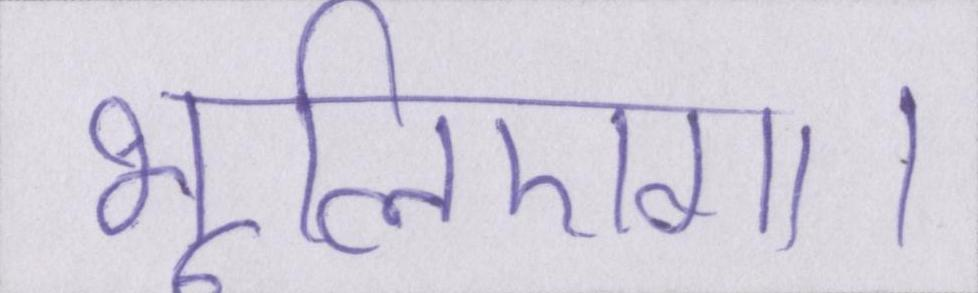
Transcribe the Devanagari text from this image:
भूलिएगा।